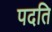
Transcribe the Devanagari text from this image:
पदति